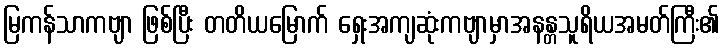
မြကန်သာကဗျာ ဖြစ်ပြီး တတိယမြောက် ရှေးအကျဆုံးကဗျာမှာအနန္တသူရိယအမတ်ကြီး၏